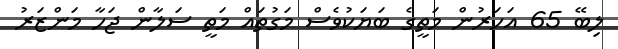
ލިބޭ 65 އަހަރުން މަތީގެ ބަޔަކުވެސް މަގުތައް މަތީ ސަލާން ޖަހާ މަންޒަރު